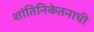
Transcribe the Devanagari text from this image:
शांतिनिकेतनाची